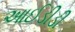
આઈડીડી